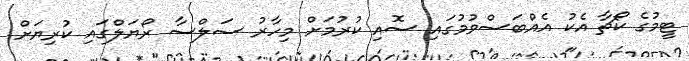
ޓީމުގެ ކޯޗާ އެކު އެއްބަސްވުމުގައި ސޮއި ކުރުމަށް މިހާރު ސަލްސާ ރޯޔަލްގައި ކުރިޔަށް